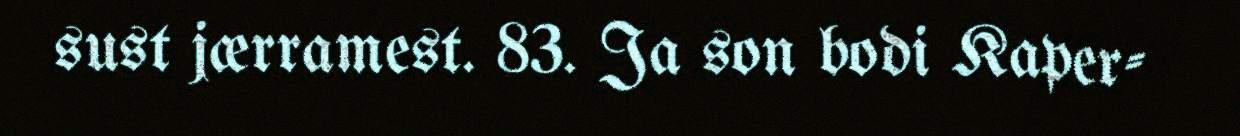
sust jærramest. 83. Ja son bodi Kaper-